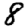
Digit: 8